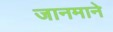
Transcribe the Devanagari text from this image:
जानमाने